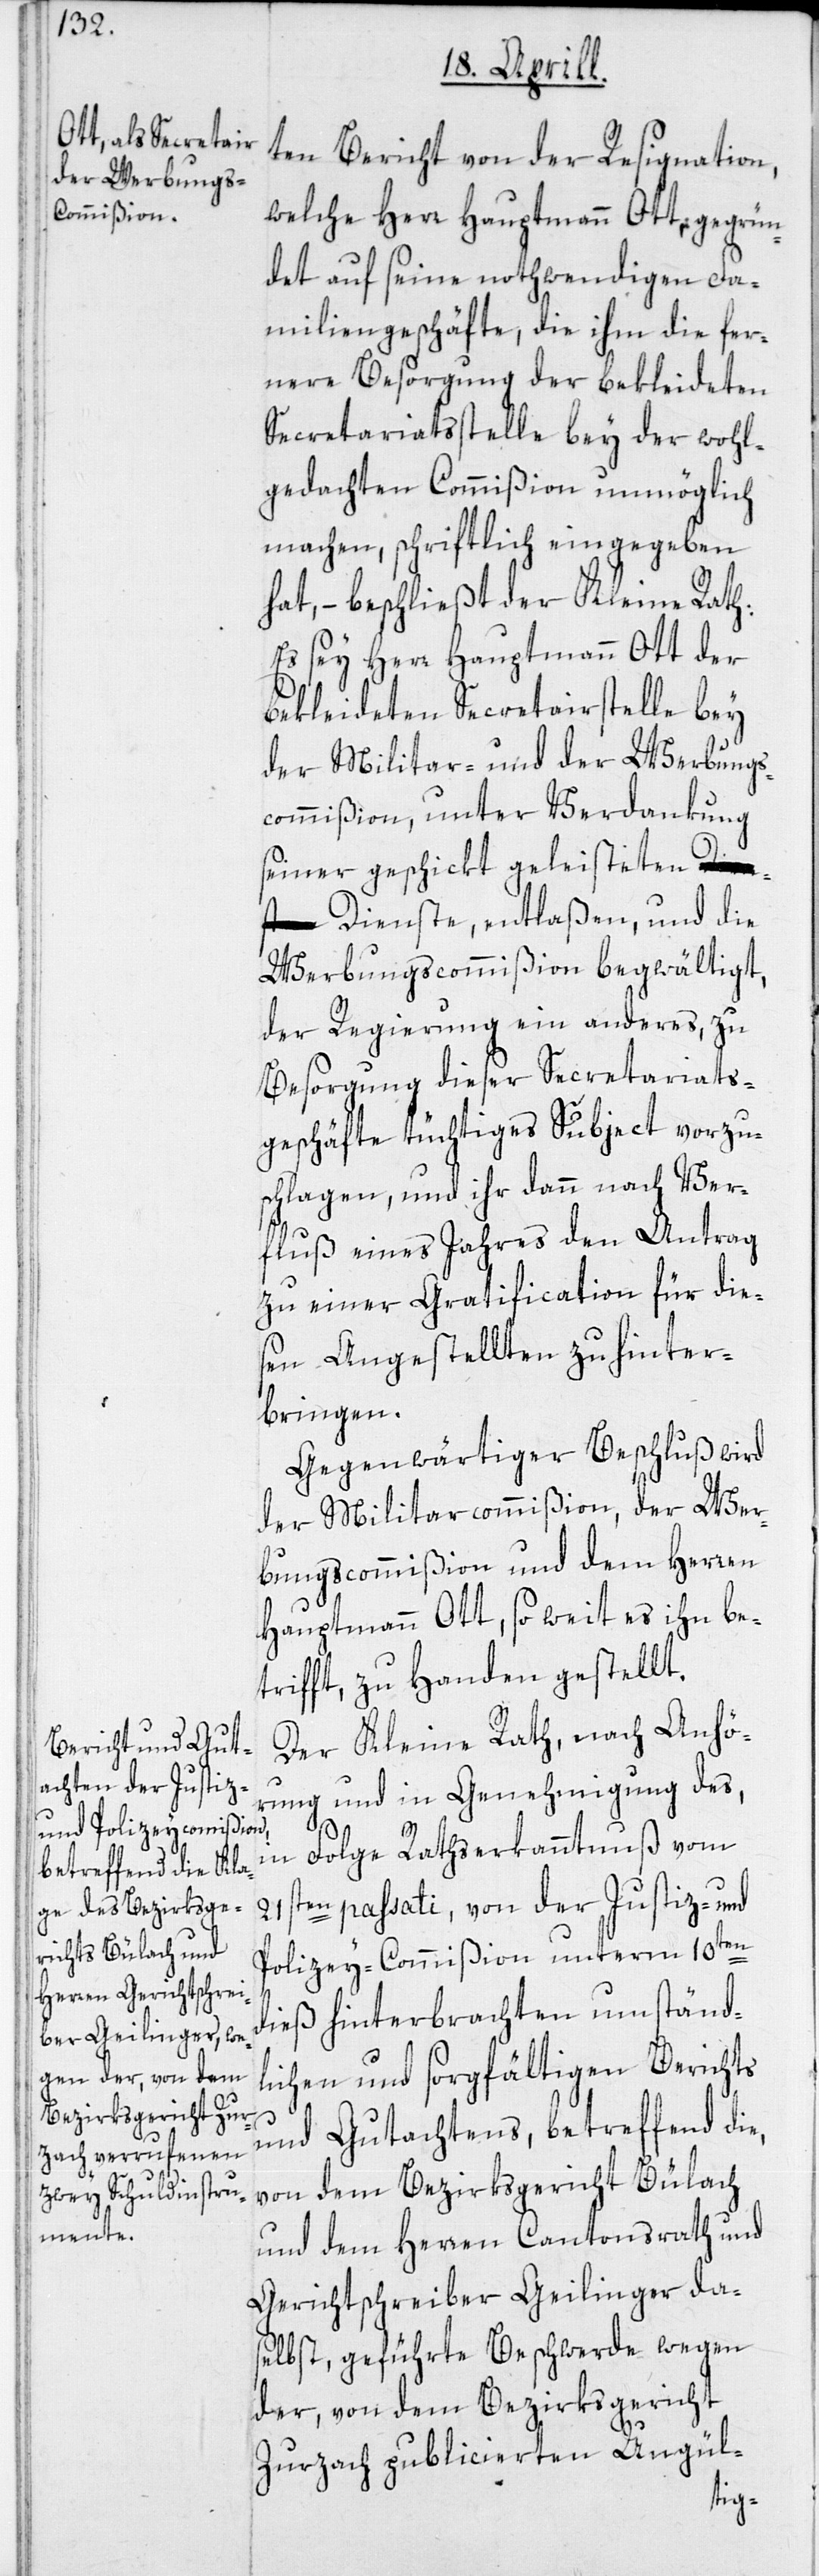
ten Bericht von der Resignation,
welche Herr Hauptmann Ott, gegrün¬
det auf seine nothwendigen Fa¬
miliengeschäfte, die ihm die fer¬
nere Besorgung der bekleideten
Secretariatsstelle bey der wohl¬
gedachen Commißion unmöglich
machen, schriftlich eingegeben
hat, – beschließt der Kleine Rath:
Es sey Herr Hauptmann Ott der
bekleideten Secretairstelle bey
der Militar- und der Werbungs¬
commißion, unter Verdankung
seiner geschickt geleiste¬
ten Dienste, entlaßen, und die
Werbungscommißion begwältigt,
der Regierung ein anderes, zu
Besorgung dieser Secretariats¬
geschäfte tüchtiges Subject vorzu¬
schlagen, und ihr dann nach Ver¬
fluß eines Jahres den Antrag
zu einer Gratification für die¬
sen Angestellten zu hinter¬
bringen.
Gegenwärtiger Beschluß wird
der Militarcommißion, der Wer¬
bungscommißion und dem Herren
Hauptmann Ott, so weit es ihn be¬
trifft, zu Handen gestellt.
Der Kleine Rath, nach Anhö¬
rung und in Genehmigung des,
in Folge Rathserkanntnuß vom
21sten passati, von der Justiz- und
Polizey-Commißion unterm 10ten
dieß hinterbrachten umständ¬
lichen und sorgfältigen Berichts
und Gutachtens, betreffend die,
von dem Bezirksgericht Bülach
und dem Herren Cantonsrath und
Gerichtschreiber Geilinger da¬
selbst, geführte Beschwerde wegen
der, von dem Bezirksgericht
Zurzach publicierten Ungül-